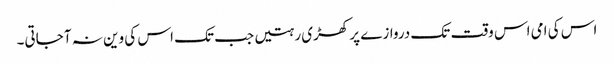
اس کی امی اس وقت تک دروازے پر کھڑی رہتیں جب تک اس کی وین نہ آ جاتی۔